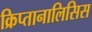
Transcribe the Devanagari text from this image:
क्रिप्तानालिसिस